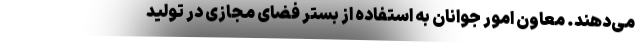
می‌دهند. معاون امور جوانان به استفاده از بستر فضای مجازی در تولید